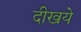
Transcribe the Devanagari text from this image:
दीखये